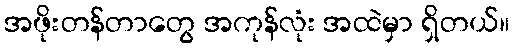
အဖိုးတန်တာတွေ အကုန်လုံး အထဲမှာ ရှိတယ်။